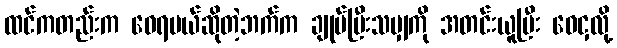
ထင်ကတည်းက ဝေရမယ်ဆိုတဲ့ဘက်က ချုပ်ပြီးသမျှကို အတင်းယူပြီး ဝေငှလို့